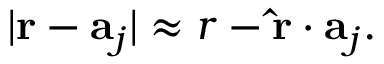
| \mathbf { r } - \mathbf { a } _ { j } | \approx r - \mathbf { \hat { r } } \cdot \mathbf { a } _ { j } .